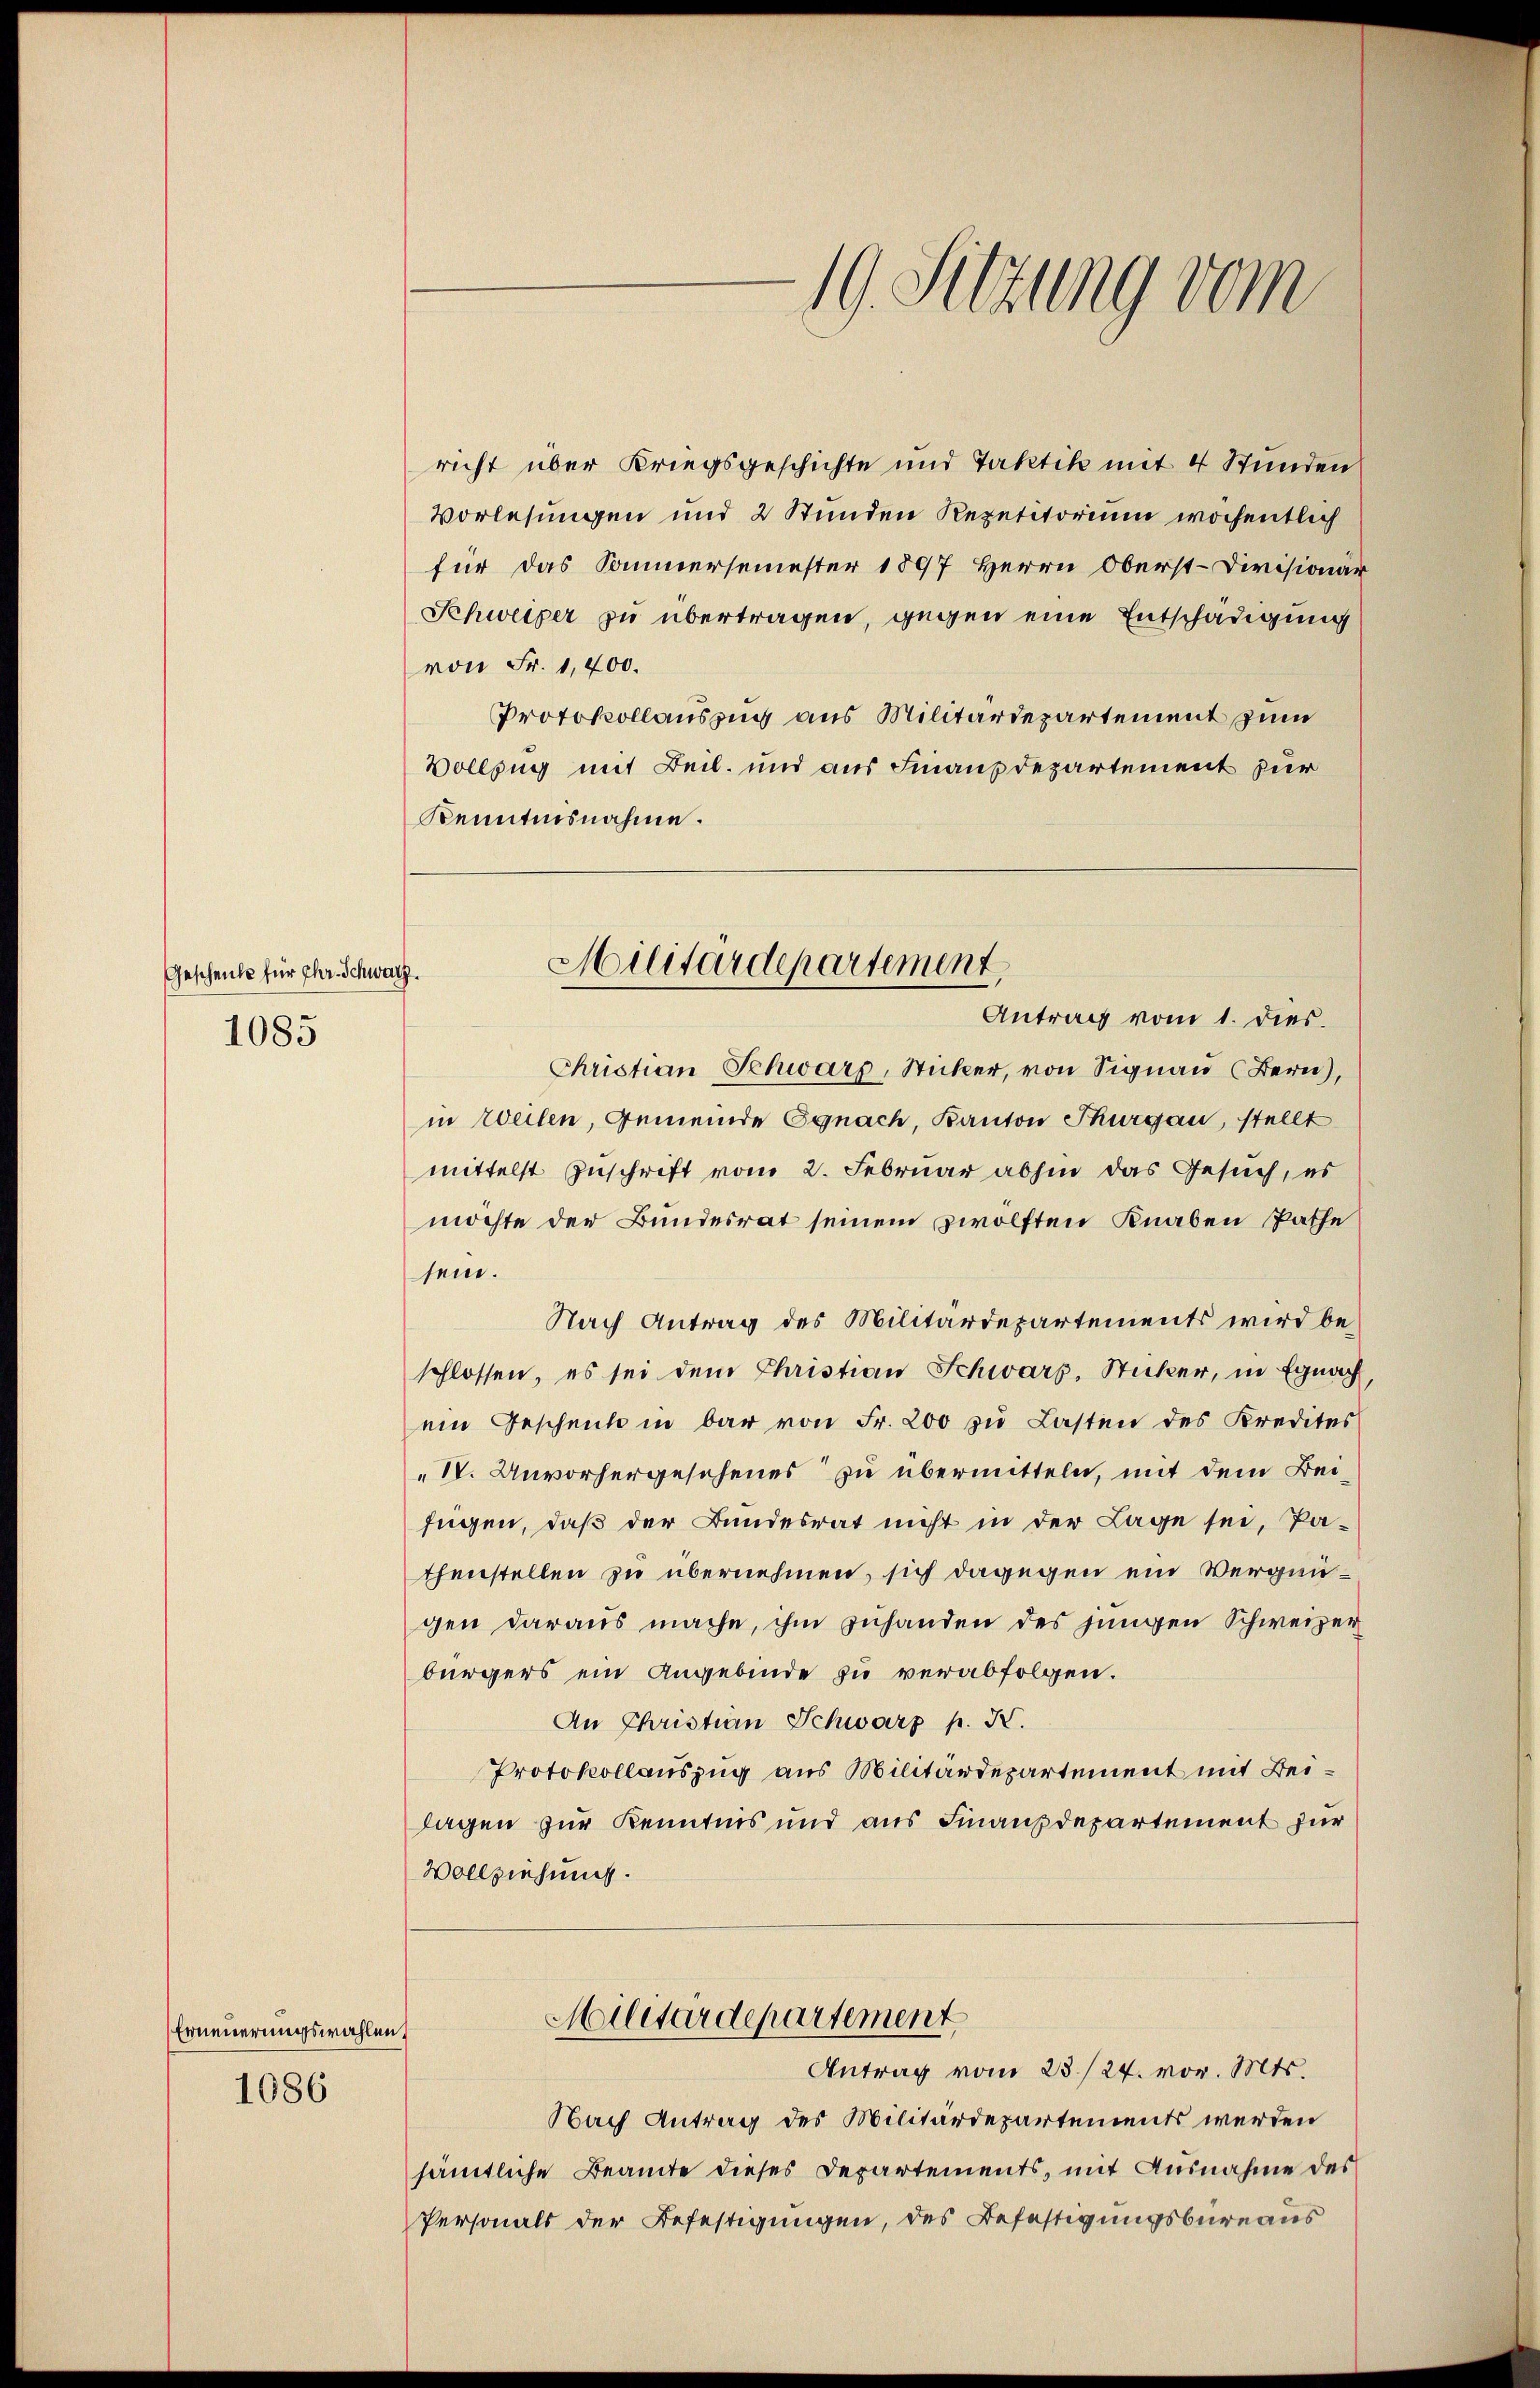
Geschenke für Chr. Schwarz.
1085

Erneuerungswahlen,

1086

richt über Kriegsgeschichte und Taktik mit 4 Stunden
Vorlesungen und 2 Stunden Repetitorium wochentlich
für das Sommersemester 1897 Herrn Oberst-Divisionär
Schweiger zu übertragen, gegen eine Entschädigung
von Fr. 1,400.
Protokollauszug aus Militärdepartement zum
Vollzug mit Beil. und aus Finanzdepartement zur
Kenntnisnahme.

19. Sitzung vom

Militärdepartement.
Antrag vom 1. dies

Christian Schwarz, Sticker, von Signau (Bern),
in Weilen, Gemeinde Egnach, Kanton Thurgau, stellt
mittelst Zuschrift vom 2. Februar abhin das Gesuch, es
möchte der Bundesrat seinem zwölften Knaben Pathe
sein.
Nach Antrag des Militärdepartements wird be-
schlossen, es sei dem Christian Schwarz, Sticker, in Egnach
ein Geschenk in bar von Fr. 200 zu Lasten des Kredites
IV. Unvorhergesehenes zu übermitteln, mit dem Beifügen, daß der Bundesrat nicht in der Lage sei, Pathenstellen zu übernehmen, sich dagegen ein Vergnügen daraus mache, ihm zuhanden des jungen Schweizer
bürgers ein Angebinde zu verabfolgen.
An Christian Schwarz p. X.
Protokollauszug aus Militärdepartement mit Beilagen zur Kenntnis und aus Finanzdepartement für
Vollziehung.
Militärdepartement
Antrag vom 23./24. vor. Mts.
Nach Antrag des Militärdepartements werden
sämtliche Beamte dieses Departements, mit Ausnahme des
Personals der Befestigungen, des Befestigungsbureaus